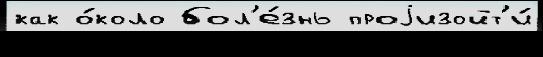
как о́коло бол'е́знь проjизойт'и́